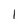
Character: 1